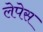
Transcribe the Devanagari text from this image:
लेपेस